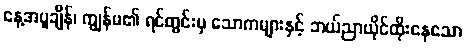
နေ့အပူချိန်၊ ကျွန်မ၏ ရင်တွင်းမှ သောကများနှင့် ဘယ်ညာယိုင်ထိုးနေသော